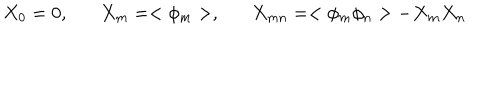
X _ { 0 } = 0 , X _ { m } = < \phi _ { m } > , X _ { m n } = < \phi _ { m } \phi _ { n } > - X _ { m } X _ { n }